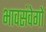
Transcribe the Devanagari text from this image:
भावसंवेगों